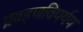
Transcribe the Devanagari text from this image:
प्रवहणविपर्यय